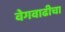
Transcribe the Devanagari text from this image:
वेगवाढीचा